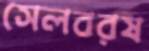
সেলবরষ